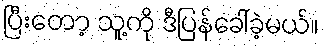
ပြီးတော့ သူ့ကို ဒီပြန်ခေါ်ခဲ့မယ်။